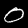
Label: 0